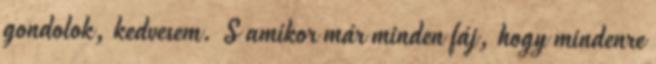
gondolok, kedvesem. S amikor már minden fáj, hogy mindenre